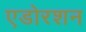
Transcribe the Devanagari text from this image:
एडोरशन